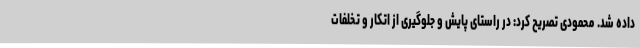
داده شد. محمودی تصریح کرد: در راستای پایش و جلوگیری از اتکار و تخلفات